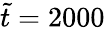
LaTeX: \tilde{t}=2000